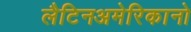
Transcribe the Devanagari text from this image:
लैटिनअमेरिकानो